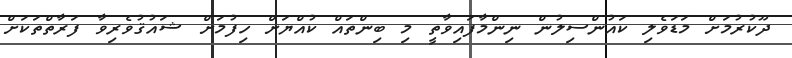
ދޫކުރުމަށް މަޑަވެލި ކައުންސިލުން ނިންމާފައިވާތީ މި ބިންތައް ކުއްޔަށް ހިފުމަށް ޝައުޤުވެރިވާ ފަރާތްތަކަށް